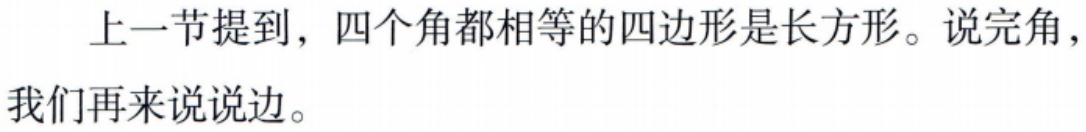
上一节提到，四个角都相等的四边形是长方形。说完角，我们再来说说边。